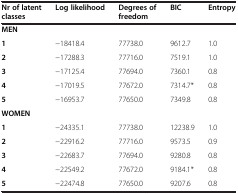
<table><thead><tr><td><b>Nr of latent classes</b></td><td><b>Log likelihood</b></td><td><b>Degrees of freedom</b></td><td><b>BIC</b></td><td><b>Entropy</b></td></tr></thead><tbody><tr><td><b>MEN</b></td><td>[EMPTY_CELL]</td><td>[EMPTY_CELL]</td><td>[EMPTY_CELL]</td><td>[EMPTY_CELL]</td></tr><tr><td><b>1</b></td><td>-18418.4</td><td>77738.0</td><td>9612.7</td><td>1.0</td></tr><tr><td><b>2</b></td><td>-17288.3</td><td>77716.0</td><td>7519.1</td><td>1.0</td></tr><tr><td><b>3</b></td><td>-17125.4</td><td>77694.0</td><td>7360.1</td><td>0.8</td></tr><tr><td><b>4</b></td><td>-17019.5</td><td>77672.0</td><td>7314.7*</td><td>0.8</td></tr><tr><td><b>5</b></td><td>-16953.7</td><td>77650.0</td><td>7349.8</td><td>0.8</td></tr><tr><td><b>WOMEN</b></td><td>[EMPTY_CELL]</td><td>[EMPTY_CELL]</td><td>[EMPTY_CELL]</td><td>[EMPTY_CELL]</td></tr><tr><td><b>1</b></td><td>-24335.1</td><td>77738.0</td><td>12238.9</td><td>1.0</td></tr><tr><td><b>2</b></td><td>-22916.2</td><td>77716.0</td><td>9573.5</td><td>0.9</td></tr><tr><td><b>3</b></td><td>-22683.7</td><td>77694.0</td><td>9280.8</td><td>0.8</td></tr><tr><td><b>4</b></td><td>-22549.2</td><td>77672.0</td><td>9184.1*</td><td>0.8</td></tr><tr><td><b>5</b></td><td>-22474.8</td><td>77650.0</td><td>9207.6</td><td>0.8</td></tr></tbody></table>